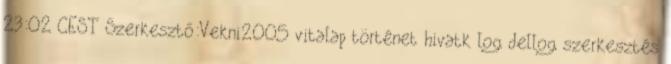
23:02 CEST Szerkesztő:Vekni2005 vitalap történet hivatk log dellog szerkesztés